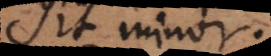
sit minor.